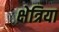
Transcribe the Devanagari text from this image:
क्षेत्रिया